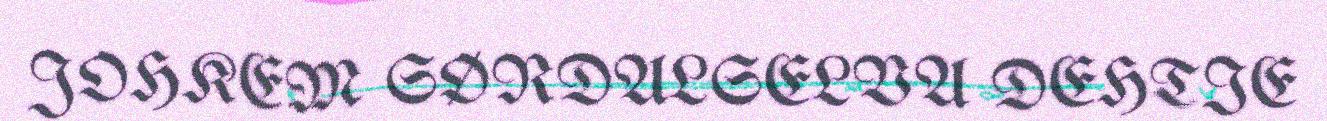
JOHKEM SØRDALSELVA DEHTIE